Civil Veterinary Dept. Bombay admin report 1932-41 - 1932-1941
Year: 1932
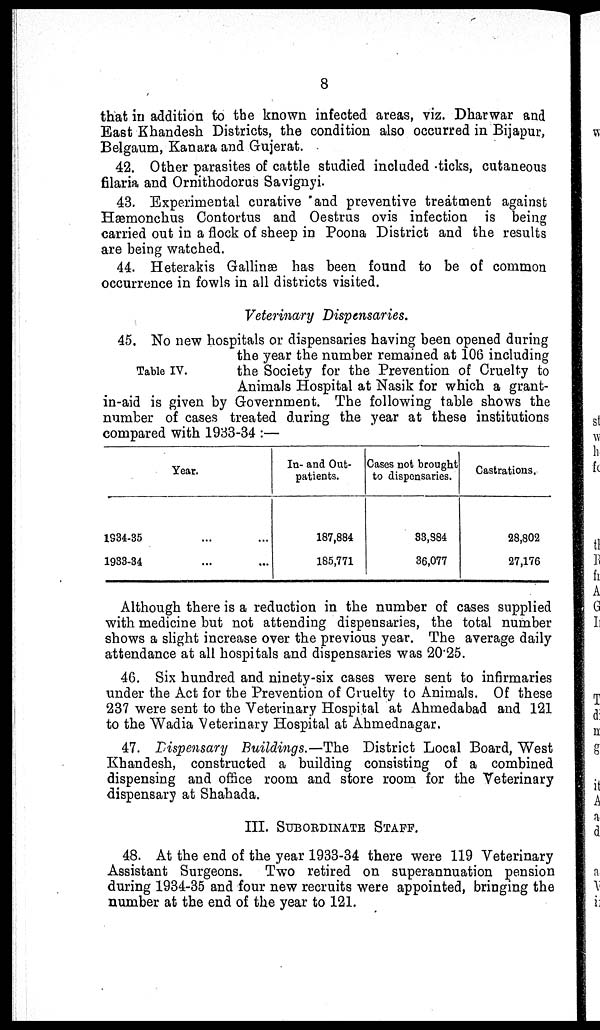
8
that in addition to the known infected areas, viz. Dharwar and
East Khandesh Districts, the condition also occurred in Bijapur,
Belgaum, Kanara and Gujerat.
42. Other parasites of cattle studied included ticks, cutaneous
filaria and Ornithodorus Savignyi.
43. Experimental curative and preventive treatment against
Hæmonchus Contortus and Oestrus ovis infection is being
carried out in a flock of sheep in Poona District and the results
are being watched.
44. Heterakis Gallinæ has been found to be of common
occurrence in fowls in all districts visited.
Veterinary Dispensaries.
Table IV.
45. No new hospitals or dispensaries having been opened during
the year the number remained at 106 including
the Society for the Prevention of Cruelty to
Animals Hospital at Nasik for which a grant-
in-aid is given by Government. The following table shows the
number of cases treated during the year at these institutions
compared with 1933-34 :—
Year.
1934-35 ... ...
1933-34
...
...
In- and Out-
patients.
187,884
185,771
Cases not brought
to dispensaries.
33,884
36,077
Castrations.
28,802
27,176
Although there is a reduction in the number of cases supplied
with medicine but not attending dispensaries, the total number
shows a slight increase over the previous year. The average daily
attendance at all hospitals and dispensaries was 20.25.
46. Six hundred and ninety-six cases were sent to infirmaries
under the Act for the Prevention of Cruelty to Animals. Of these
237 were sent to the Veterinary Hospital at Ahmedabad and 121
to the Wadia Veterinary Hospital at Ahmednagar.
47. Dispensary Buildings.—The District Local Board, West
Khandesh, constructed a building consisting of a combined
dispensing and office room and store room for the Veterinary
dispensary at Shahada.
III. SUBORDINATE STAFF.
48. At the end of the year 1933-34 there were 119 Veterinary
Assistant Surgeons. Two retired on superannuation pension
during 1934-35 and four new recruits were appointed, bringing the
number at the end of the year to 121.